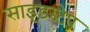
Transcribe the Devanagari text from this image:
साइडस्टेप